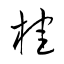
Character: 桂